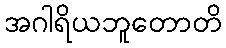
အဂါရိယဘူတောတိ